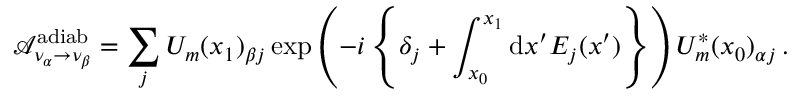
\mathcal { A } _ { \nu _ { \alpha } \to \nu _ { \beta } } ^ { \mathrm { a d i a b } } = \sum _ { j } U _ { m } ( x _ { 1 } ) _ { \beta j } \exp \left( - i \left\{ \delta _ { j } + \int _ { x _ { 0 } } ^ { x _ { 1 } } \mathrm { d } x ^ { \prime } E _ { j } ( x ^ { \prime } ) \right\} \right) U _ { m } ^ { * } ( x _ { 0 } ) _ { \alpha j } \, .